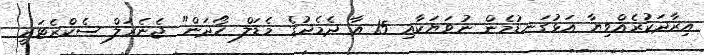
އިރާދަކުރެއްވިޔާ އަޅުގަނޑުމެން ނުވަޔަކާއި 15 އާ ދެމެދުގެ މެޑަލް ހޯދަން" ޖެނެރަލް ސެކްރެޓަރީ